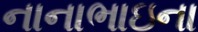
નાનાભાઇના